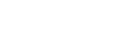
ဣဒ္ဓိဝိဓသုတ်။